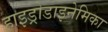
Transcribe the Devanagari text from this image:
हाइड्रोडाइनेमिका